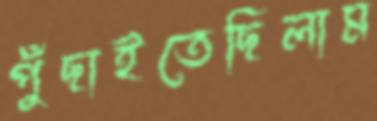
পুঁছাইতেছিলাম